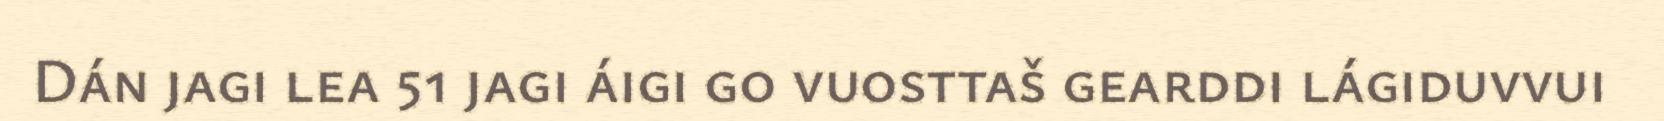
Dán jagi lea 51 jagi áigi go vuosttaš gearddi lágiduvvui